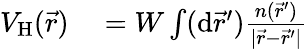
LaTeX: \begin{array}{rl}{V_{\mathrm{H}}(\vec{r})}&{{}=W\int(\mathrm{d}\vec{r}^{\prime})\frac{n(\vec{r}^{\prime})}{|\vec{r}-\vec{r}^{\prime}|}}\end{array}